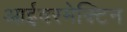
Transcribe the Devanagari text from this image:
आईवरमेक्टिन